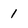
Character: 1